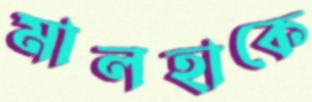
মালহাকে